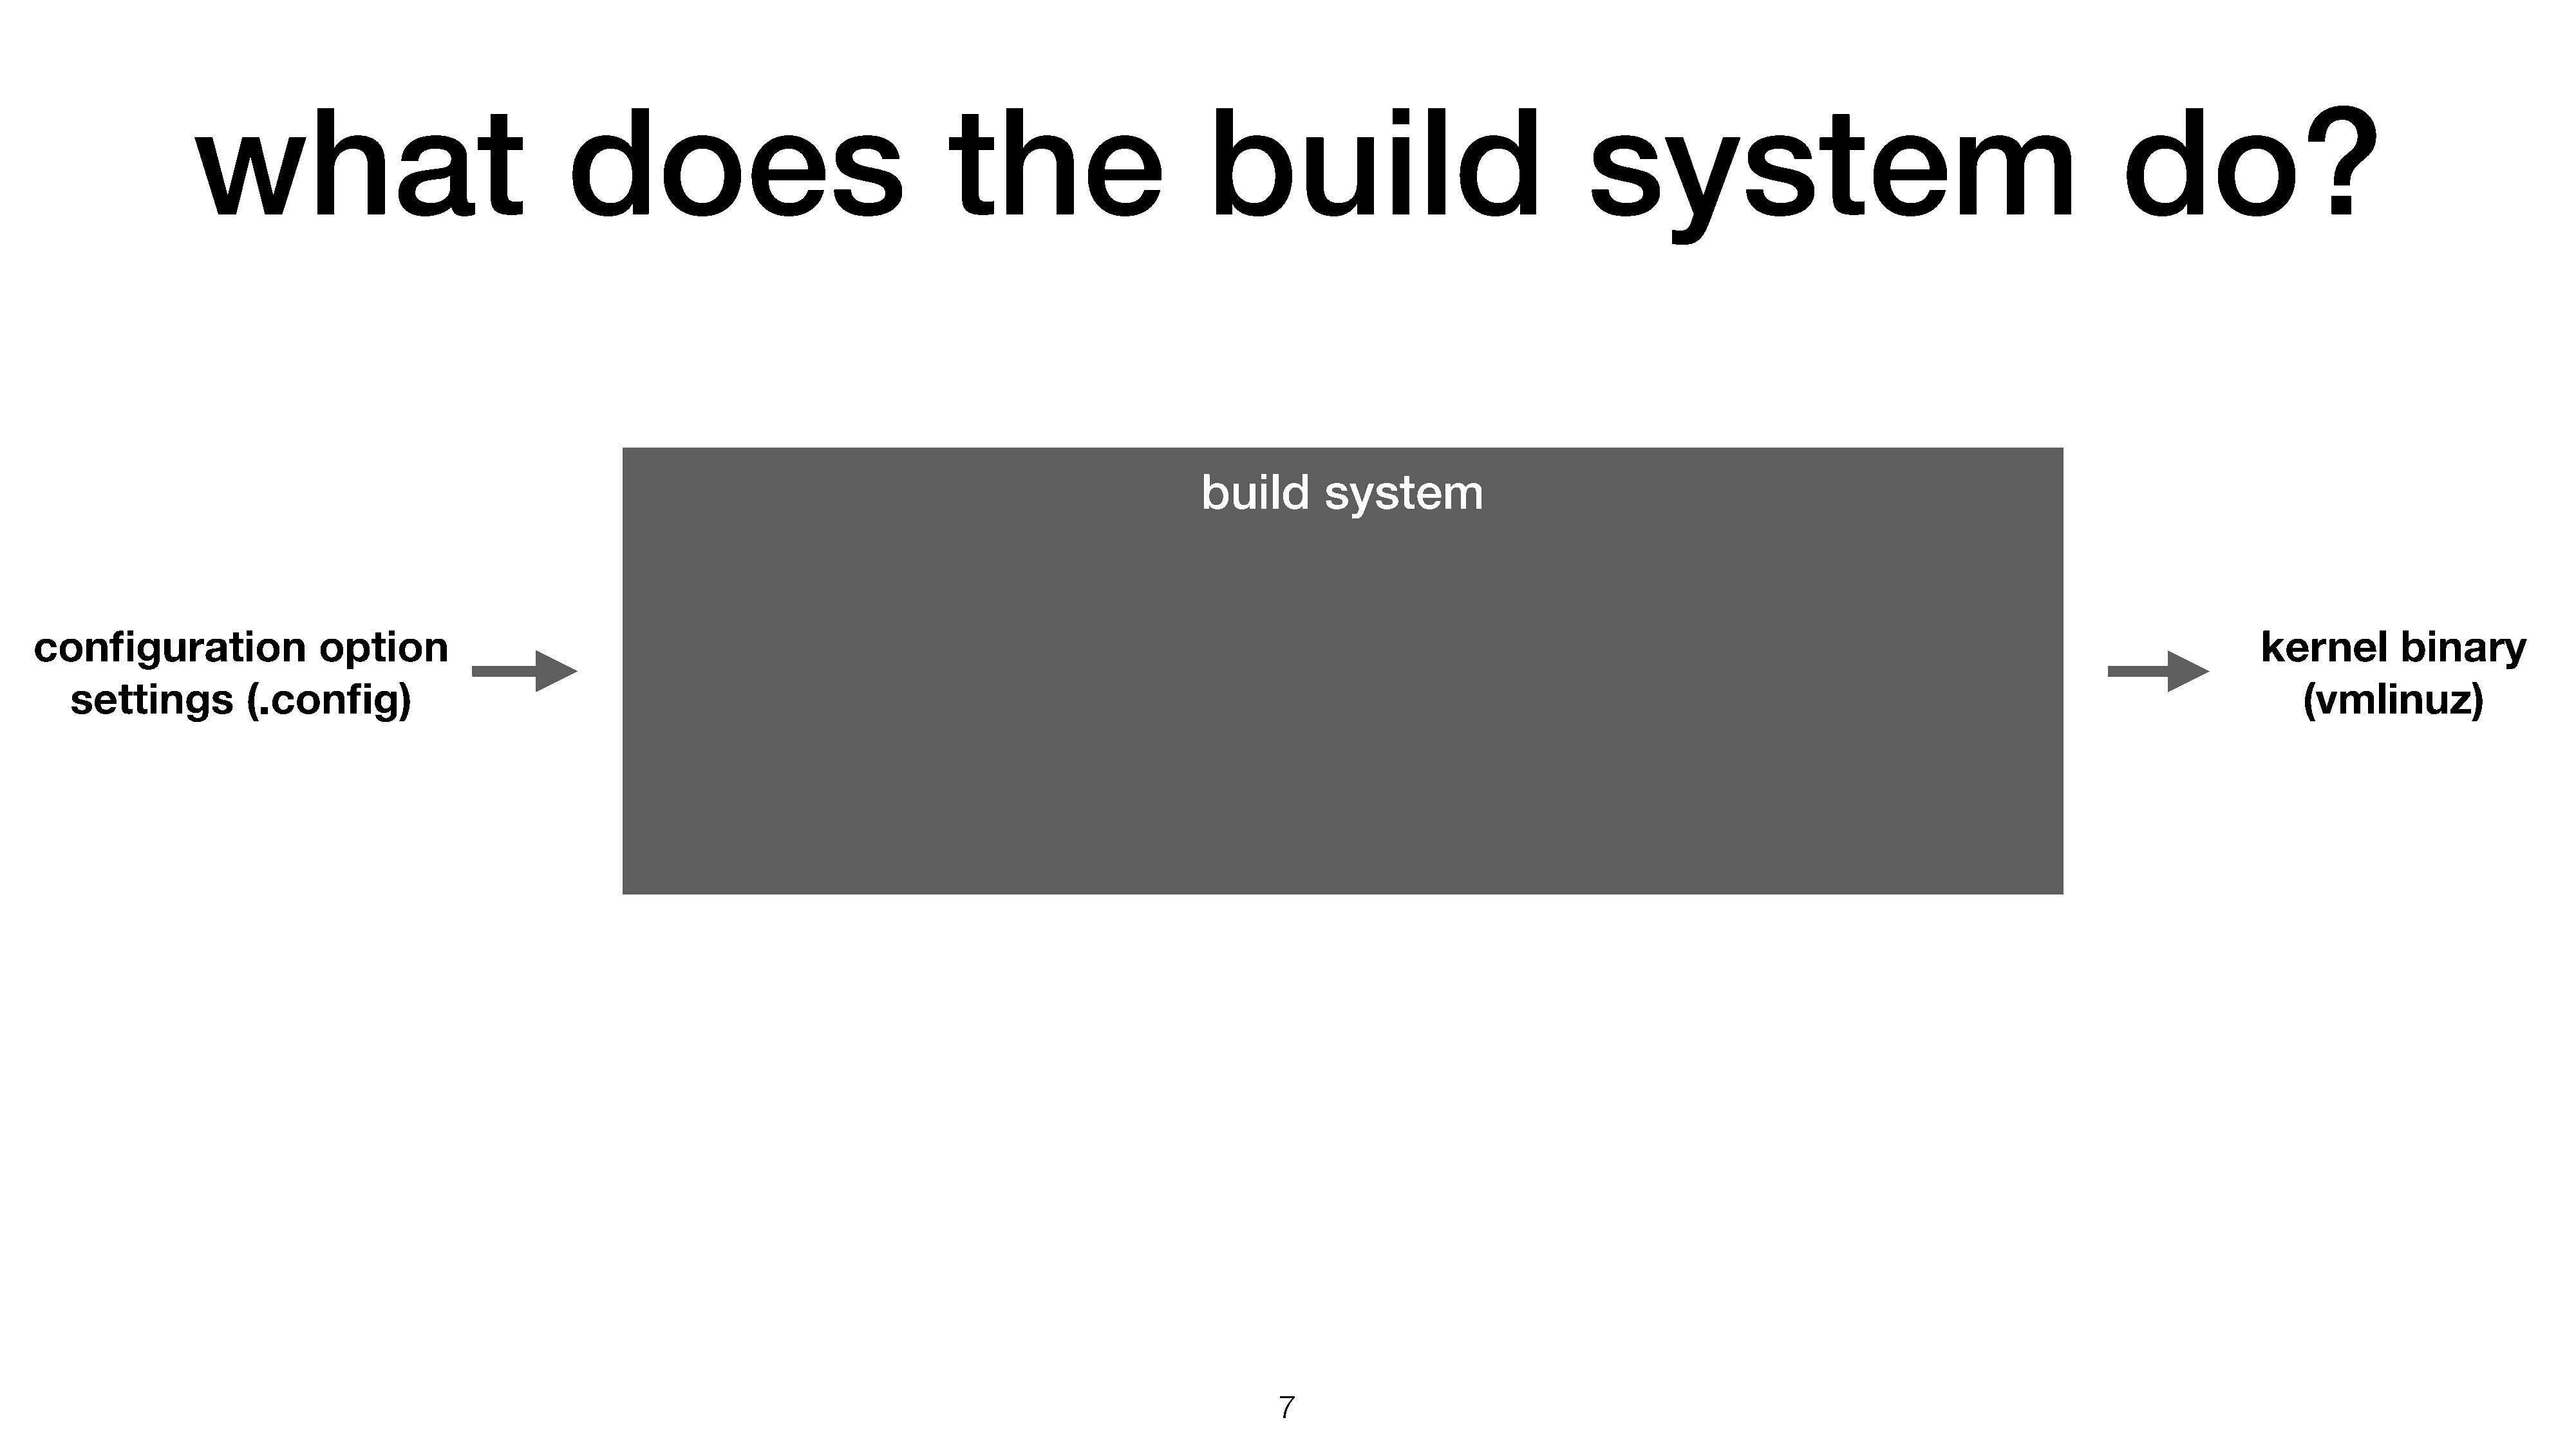
what                                  does                                   the                        build                                  system                                                 do?
 build        system
 configuration                 option                                                                                                                                                                                                 kernel         binary
 settings          (.config)                                                                                                                                                                                                           (vmlinuz)
 7